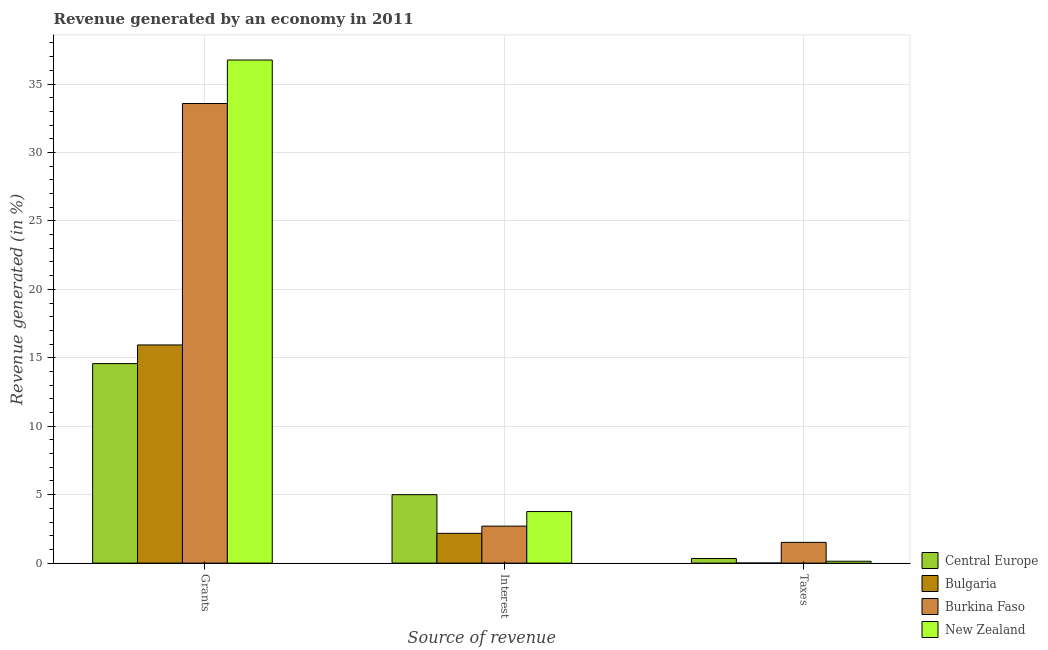
| Source of revenue | Central Europe | Bulgaria | Burkina Faso | New Zealand |
 | --- | --- | --- | --- | --- |
 | Grants | 14.6 | 15.9 | 33.6 | 36.8 |
 | Interest | 5 | 2.18 | 2.7 | 3.77 |
 | Taxes | 0.336 | 0.0072 | 1.52 | 0.137 |